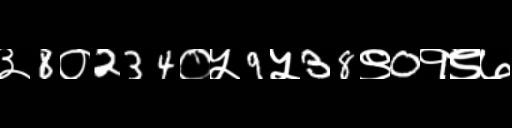
Text: ३8०234०५9५38९0१९७